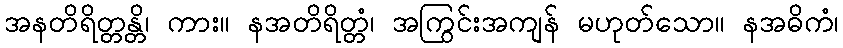
အနတိရိတ္တန္တိ၊ ကား။ နအတိရိတ္တံ၊ အကြွင်းအကျန် မဟုတ်သော။ နအဓိကံ၊